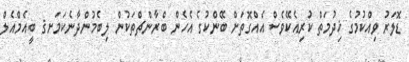
ޑޮލަރު ވިއްކުމުގެ ޚިދުމަތްް ކުރިއެކޭވެސް އެއްގޮތަށް ބޭންކުގެ އެހެން ބްރާންޗްތަކުން ލިބެމުންދާނެކަމަށޤ ބީއެމްއެލް